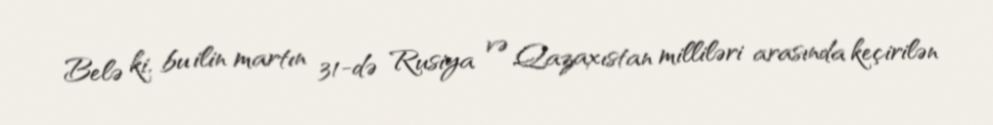
Belə ki, bu ilin martın 31-də Rusiya və Qazaxıstan milliləri arasında keçirilən